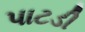
પાટડી